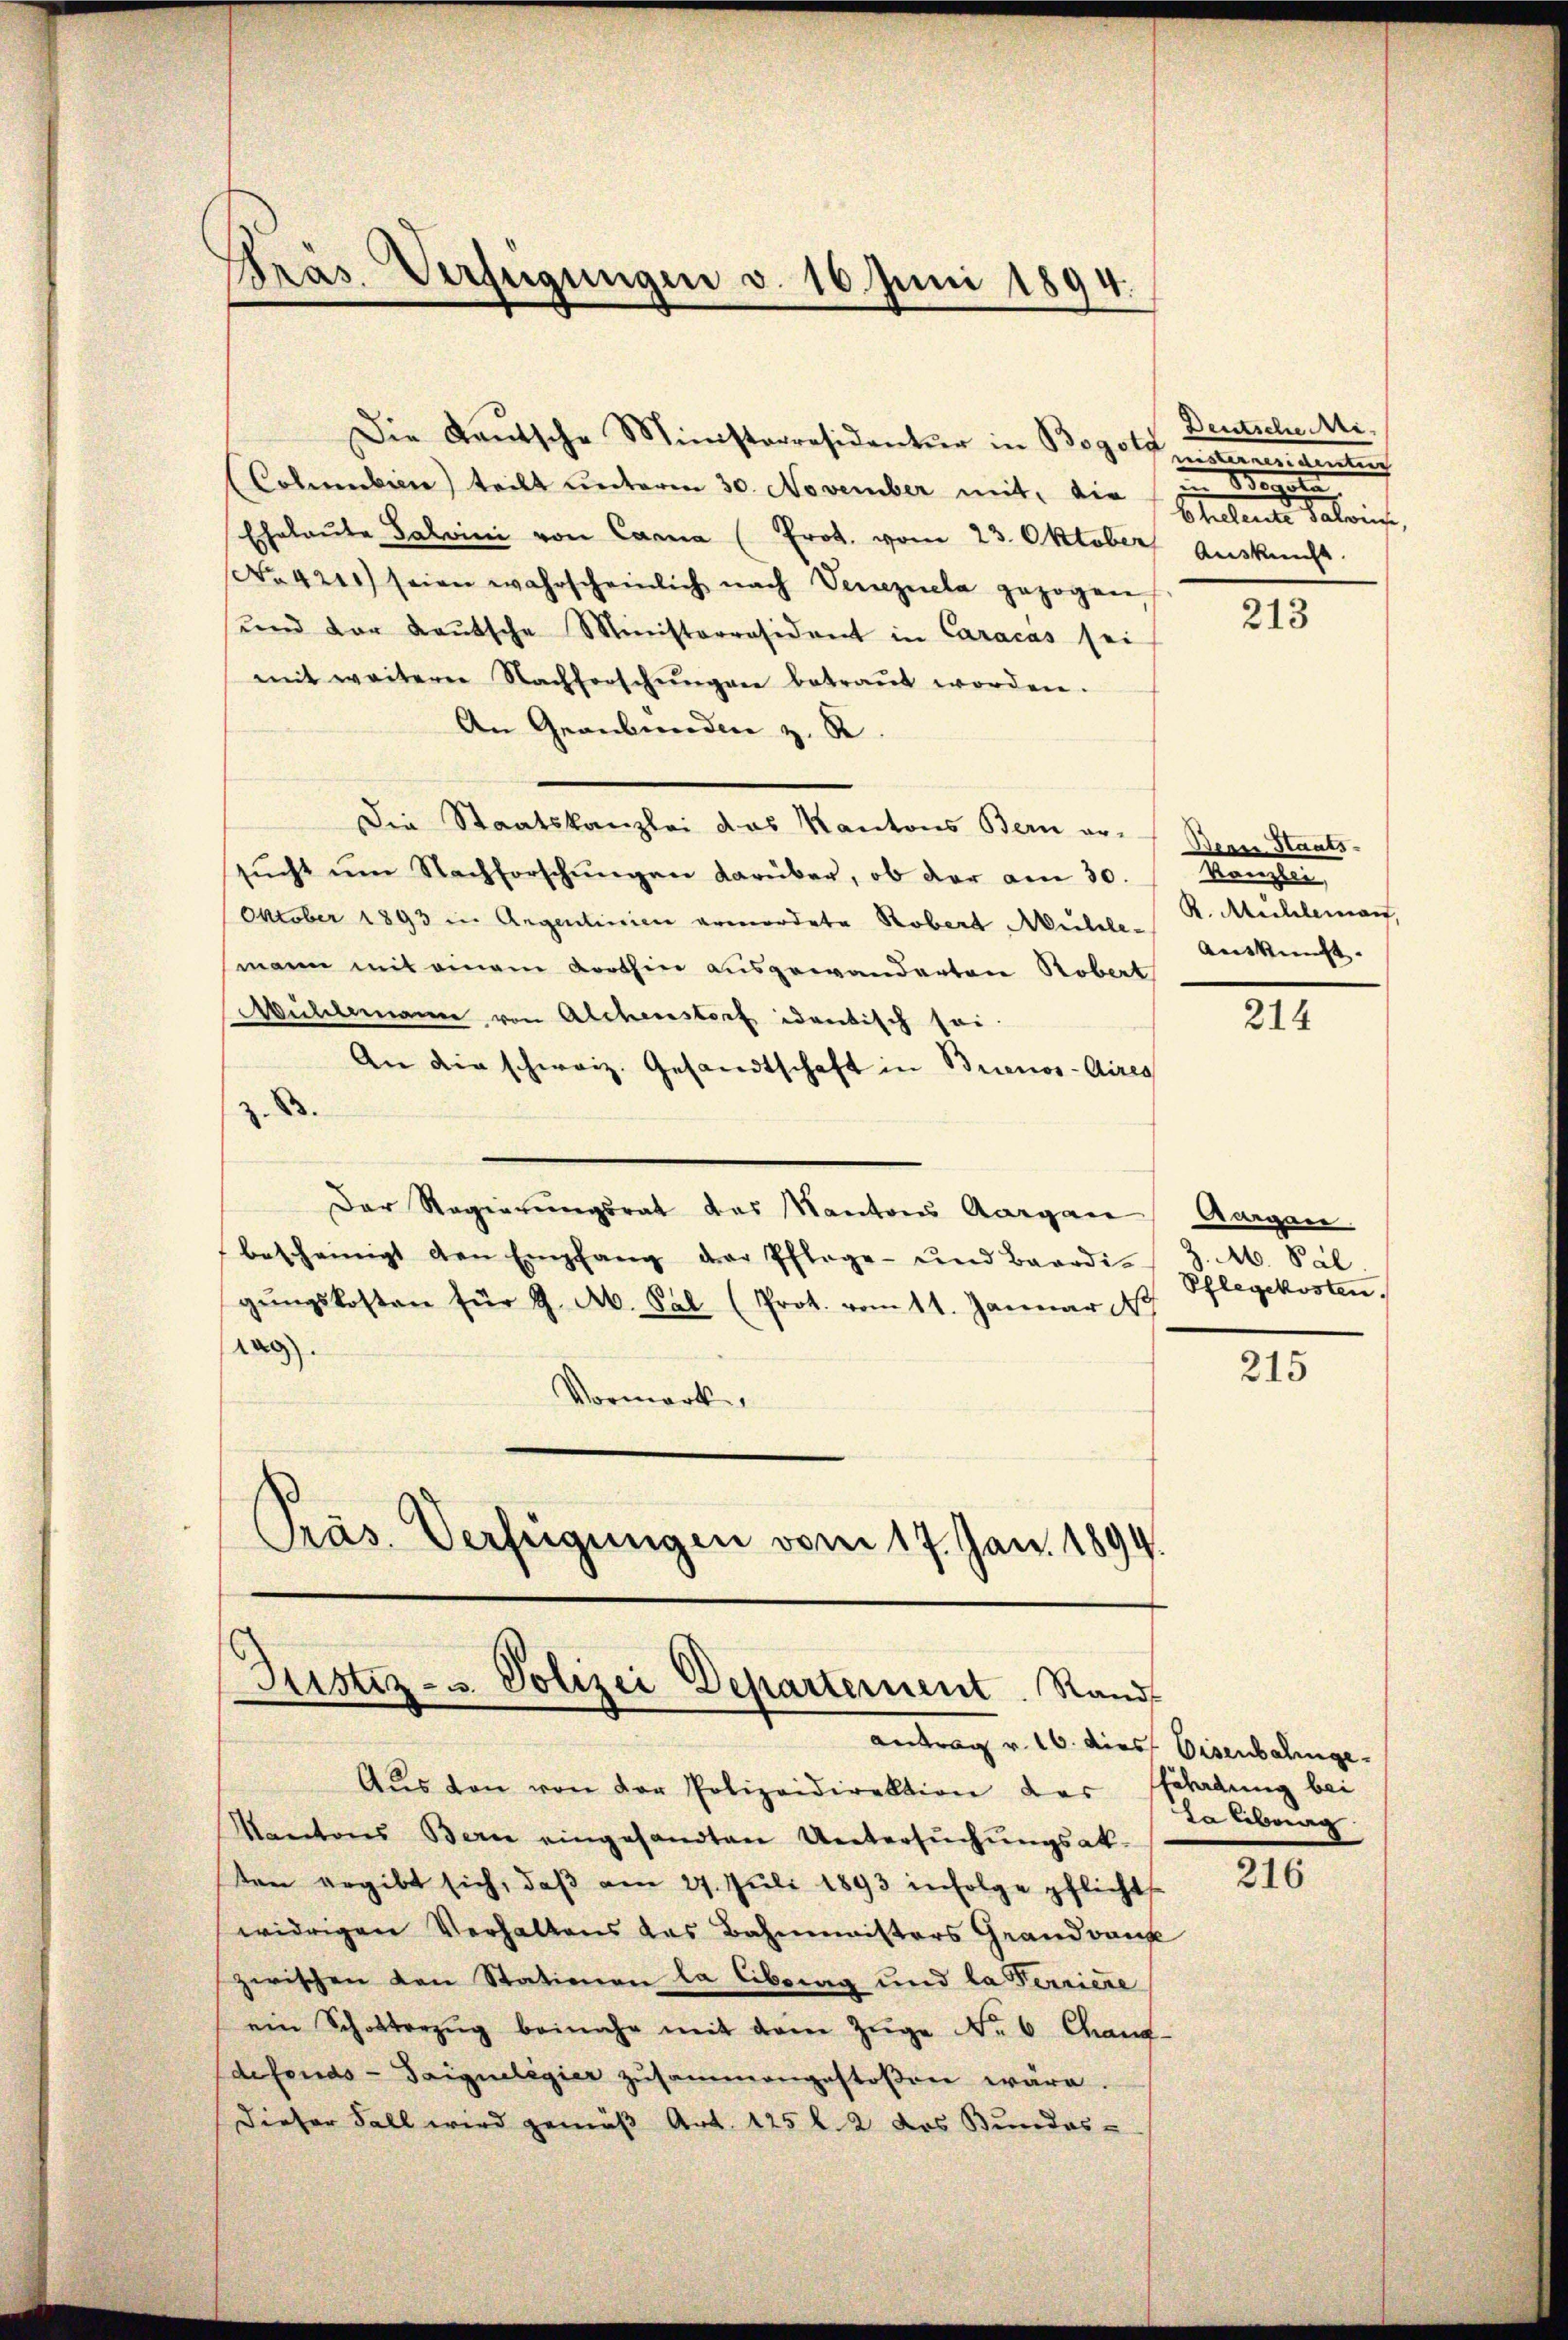
Präs. Verfügungen v. 16. Juni 1894.

Die Gautsche Ministerresidentur in Bogonisternesidenten
(Columbien) teilt unterm 30. November mit, die (in Beguta
Eheleute Salvini von Cama (Prot. vom 23. Oktober Auskunft.
.42) seien wahrscheinlich nach Venezuela gezogen,
ŭnd der Raŭtsche Ministerräsident in Caracás sei
mit weiterer Nachforschŭngen betraŭt worden.
An Graubünden z. R.
Die Staatskanzlei das Kantons Bern er-
sŭcht ŭm Nachforschŭngen darüber, ob der am 30. " Kanzlei,
Oktober 1893 in Angenlinien ermordete Robert Meilete R. Mühlerauf,
mann mit einem Korthin ausgewanderten Robert
Müldemanne von Alchenstorf identisch sei.
An die schweiz. Gesandtschaft in Buenos-Aires
z. B.
Der Regierungsrat das Kantons Aargau (Aargau
bescheinigt den Empfang der Pflege- und Baardi-
gŭngskosten für J. A. Sal. (Prot. vom 11. Januar 1
rag
Vormerke
Präs. Verfügungen vom 17. Jan. 1899.

Aŭs den von der Polizeidirektion des Schadung bei
Kantons Berne eingesandten Untersuchungsak-
ten ergibt sich, daβ am 27. Jŭli 1893 infolge pflicht
widrigen Verhaltens das Bahnmisters Grandank
zwischen von Stationen la librag und la Ferriere
ein Schotterzŭg beimehr mit dem Zŭge No 6 Chand-
defonds - Taigueligier zusammengestoßen wäre.
dieser Fall wird gemäß Art. 125 l. 2 das Bundes-

Justiz- u. Polizei Departement. Rand
Antrag v. 16. dies Eisenbahnge

Deutsche Mi
Stellen Salein,

213

Deon Staats-
Auskunft.

214

J. M. Pal
Phlegekosten.

215

ta überg

216